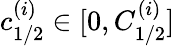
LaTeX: c_{1/2}^{(i)}\in[0,C_{1/2}^{(i)}]